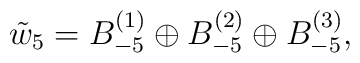
\tilde{w}_5= B_{-5}^{(1)} \oplus B_{-5}^{(2)}\oplus B_{-5}^{(3)},